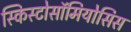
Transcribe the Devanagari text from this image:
स्किस्टोसॉमियोसिस